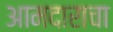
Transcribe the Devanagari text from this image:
आमदाराचा